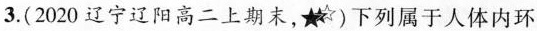
3.(2020辽宁辽阳高二上期末，)下列属于人体内环